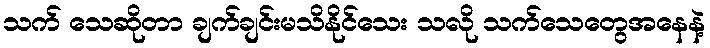
သက် သေဆိုတာ ချက်ချင်းမသိနိုင်သေး သလို သက်သေတွေအနေနဲ့